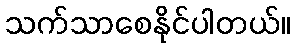
သက်သာစေနိုင်ပါတယ်။